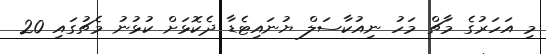
މި އަހަރުގެ މާޗް މަހު ނިއުކާސަލް ޔުނައިޓެޑާ ދެކޮޅަށް ކުޅުނު މެޗުގައި 20